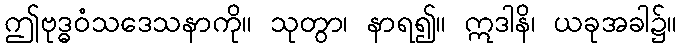
ဤဗုဒ္ဓဝံသဒေသနာကို။ သုတွာ၊ နာရ၍။ ဣဒါနိ၊ ယခုအခါ၌။